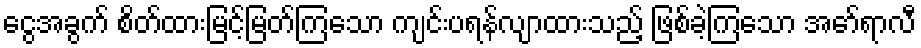
ငွေအခွက် စိတ်ထားမြင့်မြတ်ကြသော ကျင်းပရန်လျာထားသည့် ဖြစ်ခဲ့ကြသော အော်ရာလီ